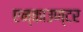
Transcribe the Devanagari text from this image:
एन्काउण्टर